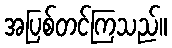
အပြစ်တင်ကြသည်။